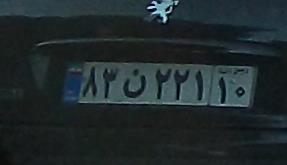
۸۳ن۲۲۱۱۰